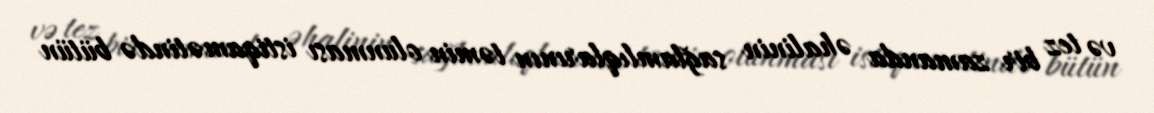
və tez bir zamanda əhalinin sağlamlıqlarının təmin olunması istiqamətində bütün